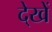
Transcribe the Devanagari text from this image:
दे्खें